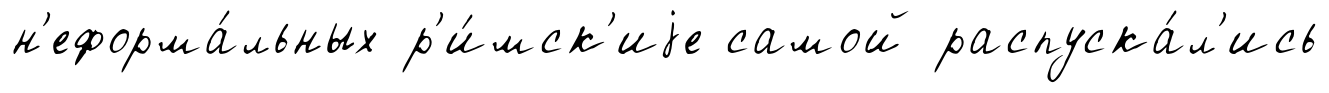
н'еформа́льных р'и́мск'иjе самой распуска́л'ись